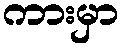
ကားမှာ